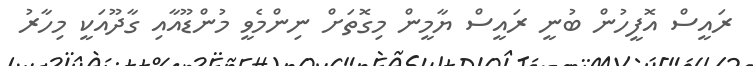
ރައީސް އޮފީހުން ބުނީ ރައީސް ޔާމީން މިގޮތަށް ނިންމެވީ މުންޑޫއާއި ގާދޫއަކީ މިހާރު